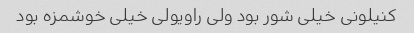
کنیلونی خیلی شور بود ولی راویولی خیلی خوشمزه بود